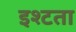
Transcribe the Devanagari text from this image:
इश्टता